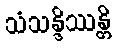
သံသန္ဒိဿန္တိ